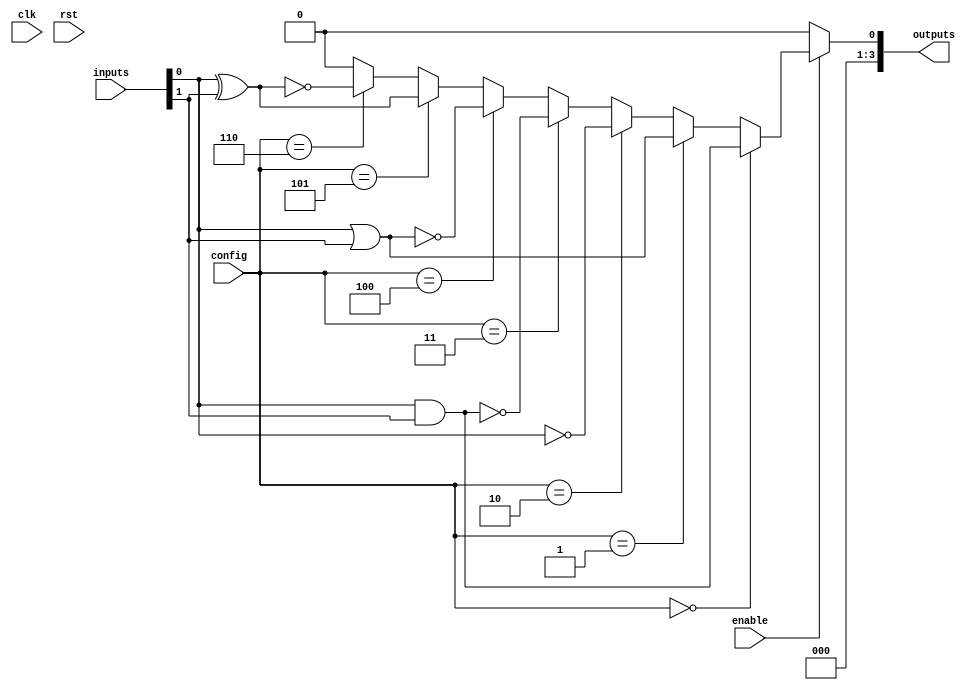
module combinational_logic_block (
    input wire [7:0] inputs,      // 8 inputs (can be adjusted)
    input wire [2:0] config,      // Configuration input to select logic function
    output wire [3:0] outputs,     // 4 outputs (can be adjusted)
    input wire enable,             // Control signal to enable the logic block
    input wire clk,                // Clock signal for synchronous operations (if needed)
    input wire rst                 // Reset signal
);

    // Internal wires for logic gates
    wire and_out;
    wire or_out;
    wire not_out;
    wire nand_out;
    wire nor_out;
    wire xor_out;
    wire xnor_out;

    // Logic gate implementations
    assign and_out  = inputs[0] & inputs[1]; // AND gate
    assign or_out   = inputs[0] | inputs[1]; // OR gate
    assign not_out  = ~inputs[0];             // NOT gate
    assign nand_out = ~(inputs[0] & inputs[1]); // NAND gate
    assign nor_out  = ~(inputs[0] | inputs[1]); // NOR gate
    assign xor_out  = inputs[0] ^ inputs[1]; // XOR gate
    assign xnor_out = ~(inputs[0] ^ inputs[1]); // XNOR gate

    // Output selection based on config input
    assign outputs = enable ? 
                    (config == 3'b000 ? {2'b00, and_out} : // AND
                     config == 3'b001 ? {2'b00, or_out} :  // OR
                     config == 3'b010 ? {2'b00, not_out} : // NOT
                     config == 3'b011 ? {2'b00, nand_out} : // NAND
                     config == 3'b100 ? {2'b00, nor_out} :  // NOR
                     config == 3'b101 ? {2'b00, xor_out} :  // XOR
                     config == 3'b110 ? {2'b00, xnor_out} : // XNOR
                     4'b0000) :  // Default output when not enabled
                    4'b0000; // Outputs are 0 when disabled

endmodule